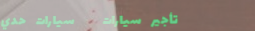
تأجير سيارات   سيارات حدي